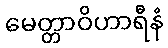
မေတ္တာဝိဟာရီနံ